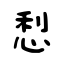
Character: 悡